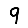
Digit: 9